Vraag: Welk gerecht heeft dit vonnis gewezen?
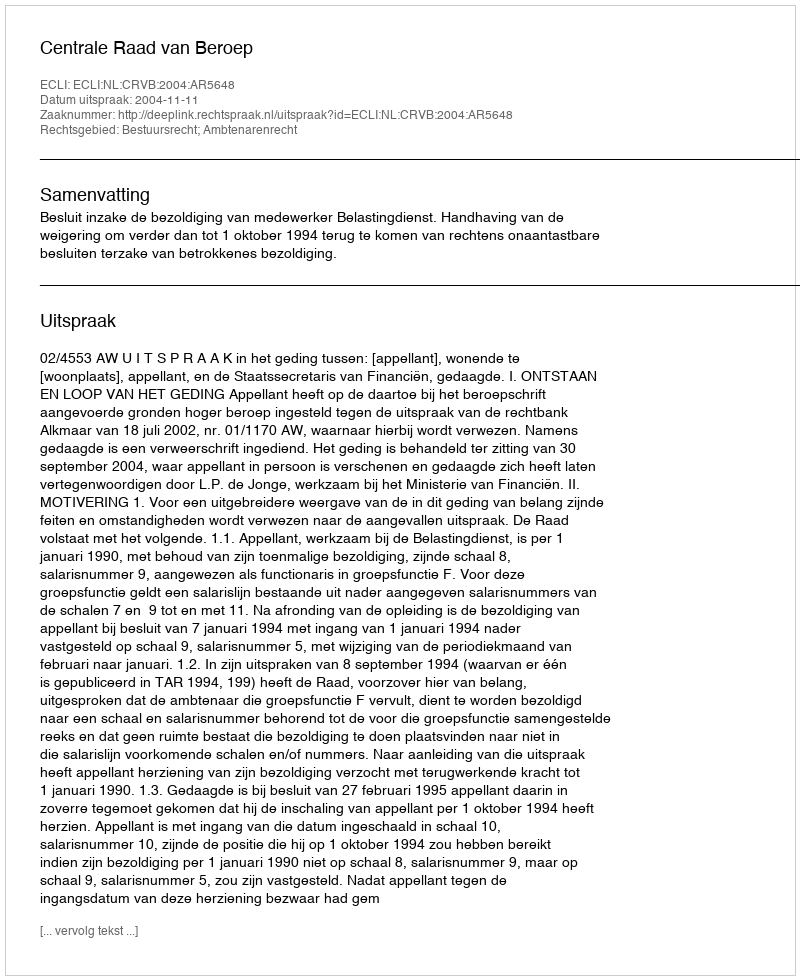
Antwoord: Centrale Raad van Beroep